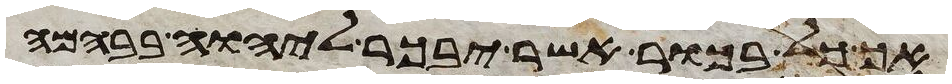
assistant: אך כל בכור אשר יבכר ליהוה בבהמה